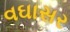
વઘાસર